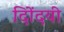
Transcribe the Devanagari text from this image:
दिोंदयी